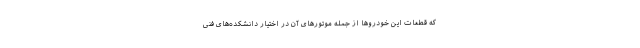
که قطعات این خودروها از جمله موتورهای آن در اختیار دانشکده‌های فنی